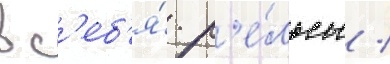
в с'еб'я́ р'е́льсы /